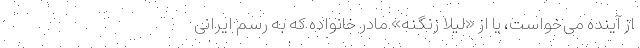
از آینده می‌خواست، یا از «لیلا زنگنه» مادر خانواده که به رسم ایرانی